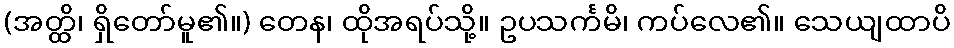
(အတ္ထိ၊ ရှိတော်မူ၏။) တေန၊ ထိုအရပ်သို့။ ဥပသင်္ကမိ၊ ကပ်လေ၏။ သေယျထာပိ